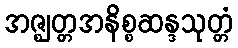
အဇ္ဈတ္တအနိစ္စဆန္ဒသုတ္တံ